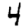
Digit: 4